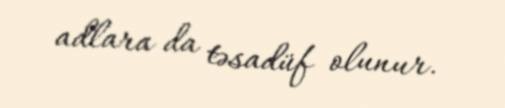
adlara da təsadüf olunur.